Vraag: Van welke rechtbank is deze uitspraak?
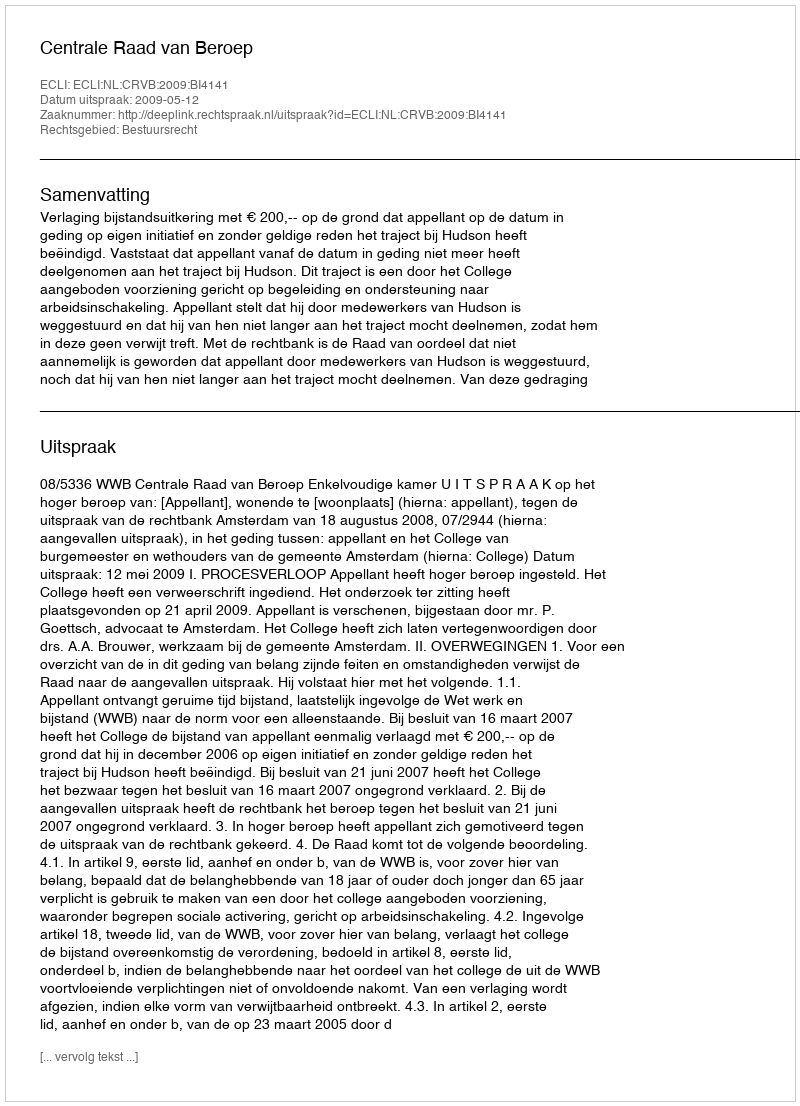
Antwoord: Centrale Raad van Beroep